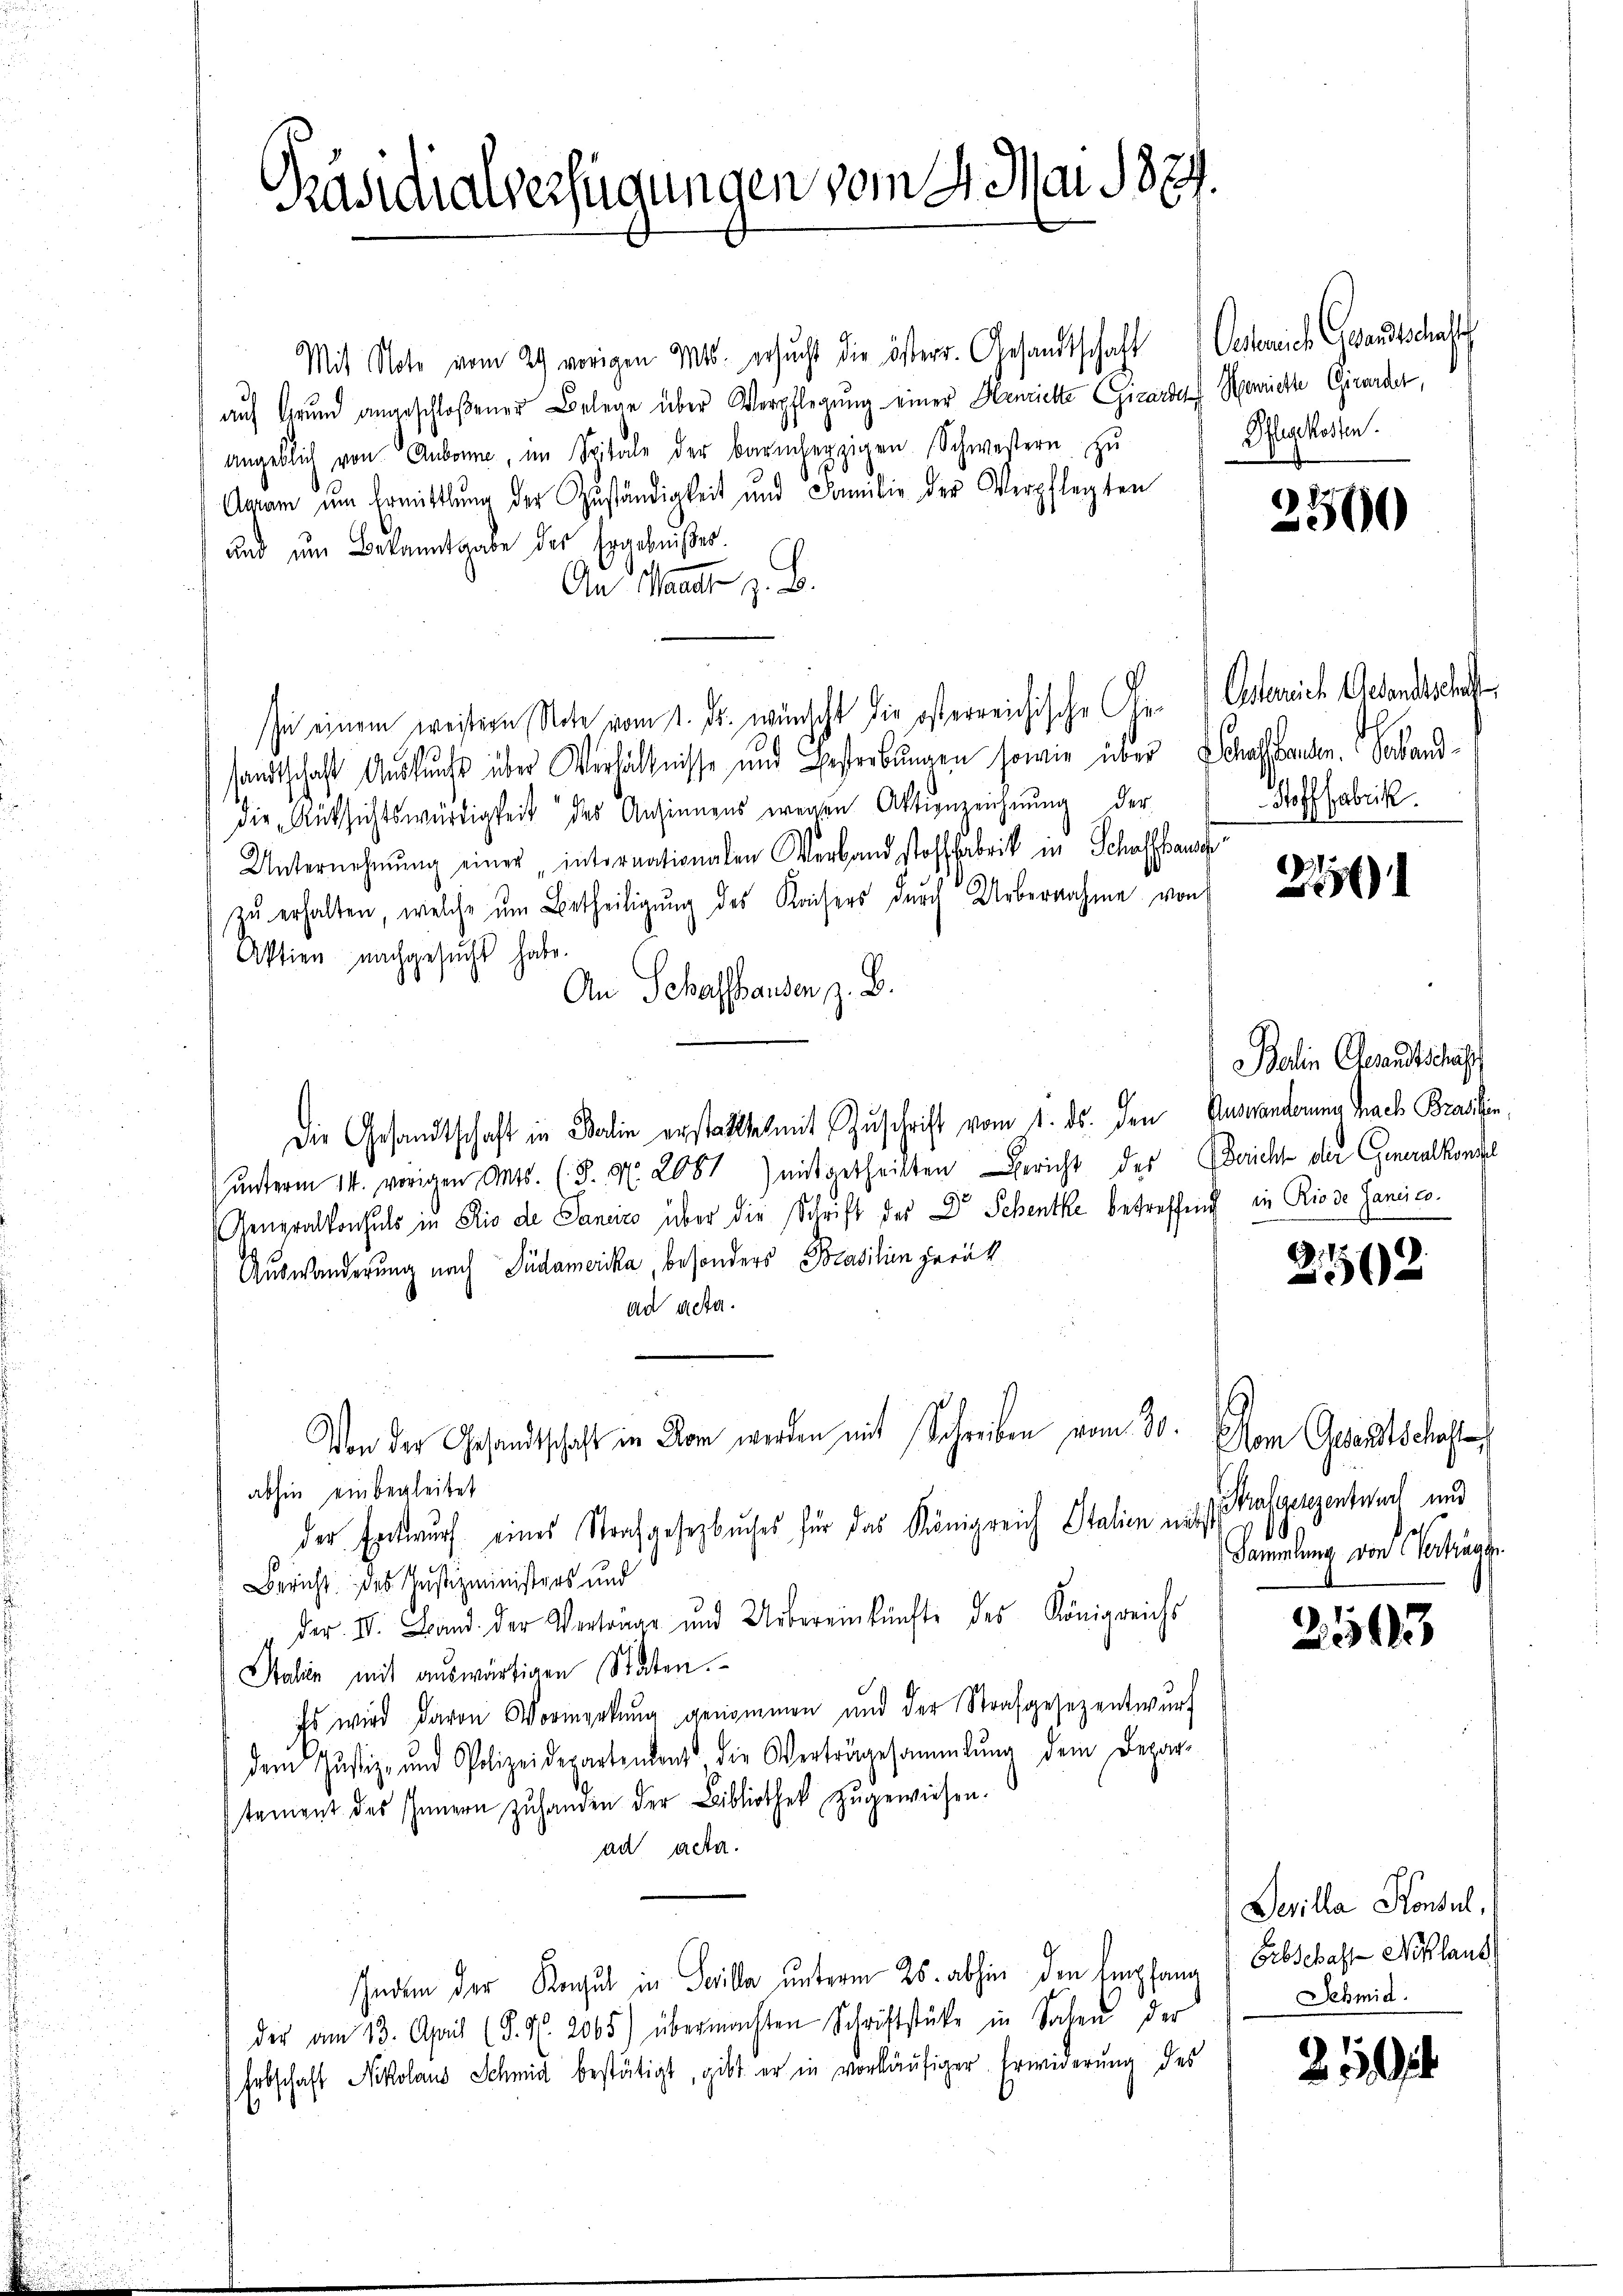
Präsidialverfügungen vom 4. Mai 1874.

Mit Note vom 29. vorigen Mts. ersucht die österr. Gesandtschaft Oederich Grandschaft
auf Grund angeschloßener Belege über Verpflegung einer Henriette Gizardes Henrichte Girarder,
angeblich von Aubonne, im Spitale der barmherzigen Schwestern zŭ
Agram um Ermittlung der Zuständigkeit und Familie der Verpflegten
und um Bekanntgabe der Ergebnißes.

An Waadt z. B.
In einem weistern Note vom 1. ds. wünscht die osterreichische Ge- Osterrich Gesandtschaft
sandtschaft Auskunft über Verhältnisse und Besterbungen sowie über Schafstanden. Sobanddie Rüksichtswürdigkeit des Ansinnens wegen Aktienzeichnŭng der
Unternehmung einer „internationalen Verband stoffabrik in Schaffhaus
zŭ erhalten, welche ŭm Betheiligŭng des Kaisers dŭrch Uebernahme von
Aktien nachgesucht habe.
An Schaffhausen, z. B.
Die Gesandtschaft in Balin erstatte mit Zuschrift vom 1. ds. den Auswanderen Nach Brassin,
unterm 14. vorigen Ants. (3. No. 2087) mitgetheilten Gericht des Gericht der Generalkontel
Generalkonsuls in Rio de Janeiro über die Schrift der Dr Schenke betreffend in Riose Sanice¬
Auswanderung nach Südamerika, besonders Brasilien zurük
ad acta.
Von der Gesandtschaft in Kan werden mit Schreiben vom 30. Non Gesandtschafte
abhin einbegleitet
der Entwurf eines Strafgesetzbuches für das Königreich Stalien u. Malerenzentwach und
Bericht des Justizministers und
der II. Band der Verträge und Uebereinkünfte des Königreichs
Stahin mit auswärtigen Statten.
Es wird davon Vormerkŭng genommen und der Strafgesezentwŭrf
dem Justiz- und Polizeidepartement die Verträgesammlung dem Depar-
stament des Innern zŭ handen der Bibliothek zugewiesen.
ad acta.
Geden der Kaul in Teilla unterm 25. abhin den Empfang (Erbschaft Niklaus
der am 13. April (S. Nr. 2065) übermachten Schriftstücke in Sachen der
Erbschaft Nikolaus Schmid bestätigt, gibt er in vorläufiger Erwiderung des

Pflegekosten.

2500

Hofffabrik.

1
01

Balin Gesandtschäft

.1.
2

.
Sammlung von Verhande

2543

Devilla Konsul,
Schmid.

250